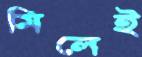
মিলেই